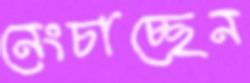
নেংচাচ্ছেন